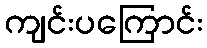
ကျင်းပကြောင်း